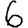
Digit: 6